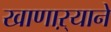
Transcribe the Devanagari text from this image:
खाणाऱ्याने